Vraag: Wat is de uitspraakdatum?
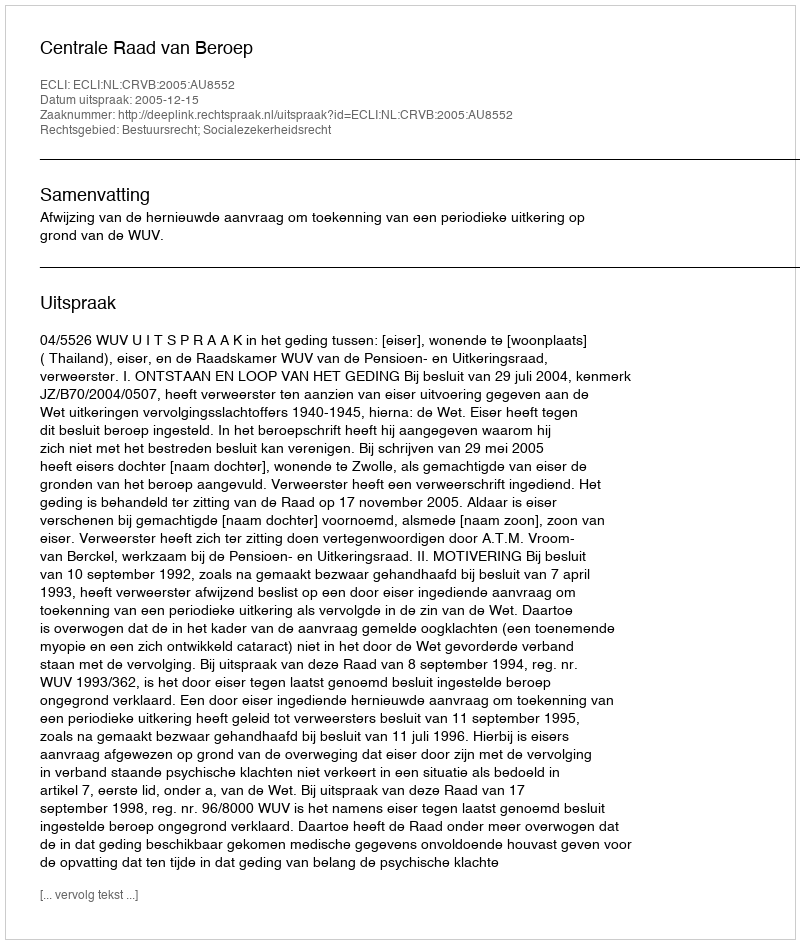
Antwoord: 2005-12-15